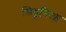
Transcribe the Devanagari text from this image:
सिङ्हनिआ